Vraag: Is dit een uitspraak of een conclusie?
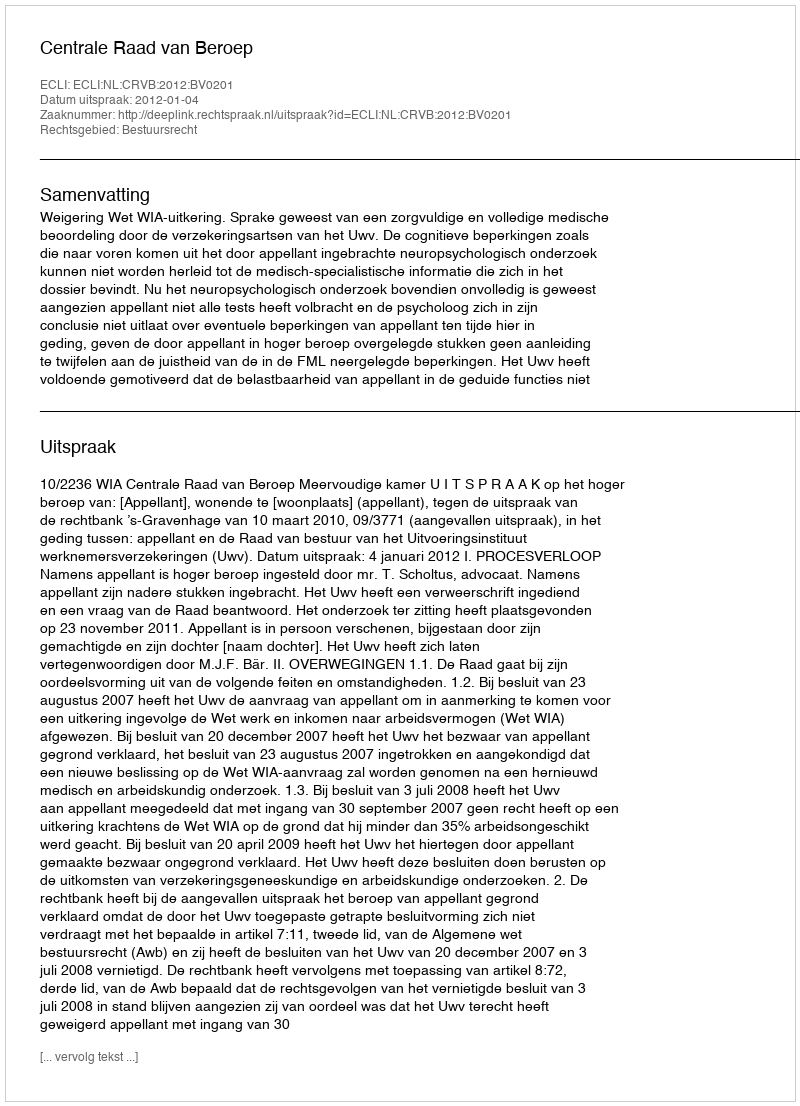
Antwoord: Uitspraak